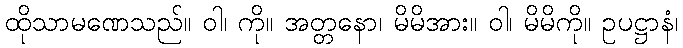
ထိုသာမဏေသည်။ ဝါ၊ ကို။ အတ္တနော၊ မိမိအား။ ဝါ၊ မိမိကို။ ဥပဋ္ဌာနံ၊